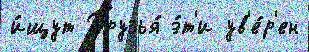
и́щут Друзья́ э́т'и ув'е́р'ен